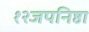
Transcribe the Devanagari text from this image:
१२जपनिष्ठा